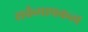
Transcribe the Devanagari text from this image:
सर्वव्यापकत्व